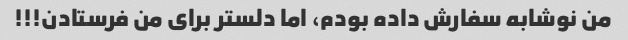
من نوشابه سفارش داده بودم، اما دلستر برای من فرستادن!!!